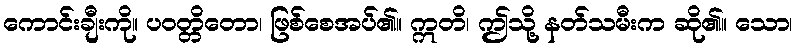
ကောင်းချီးကို။ ပဝတ္တိတော၊ ဖြစ်စေအပ်၏။ ဣတိ၊ ဤသို့ နတ်သမီးက ဆို၏။ သော၊